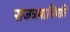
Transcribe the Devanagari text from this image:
राजत्रयाधिपति